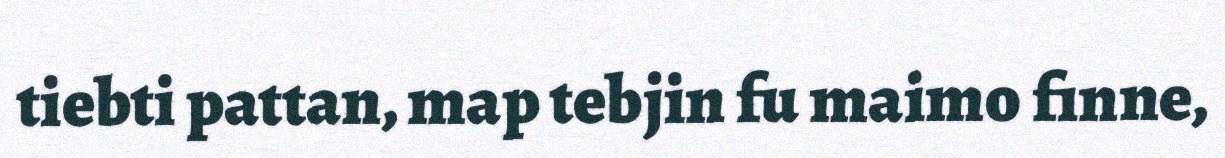
tiebti pattan, map tebjin fu maimo finne,